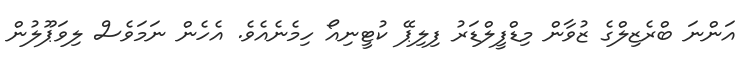
އަންނަ ބްރެޒިލްގެ ޒުވާން މިޑްފީލްޑަރު ފިލިޕޭ ކުޓީނިއޯ ހިމެނެއެވެ. އެހެން ނަމަވެސް ލިވަޕޫލުން